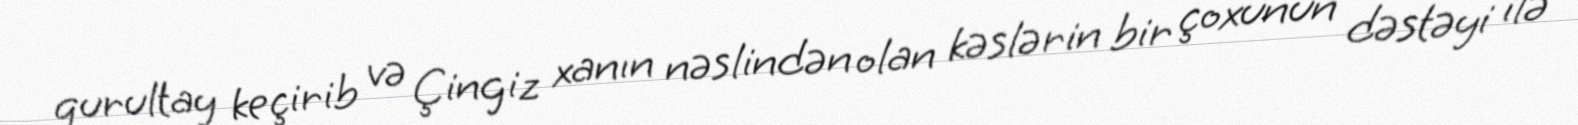
qurultay keçirib və Çingiz xanın nəslindən olan kəslərin bir çoxunun dəstəyi ilə